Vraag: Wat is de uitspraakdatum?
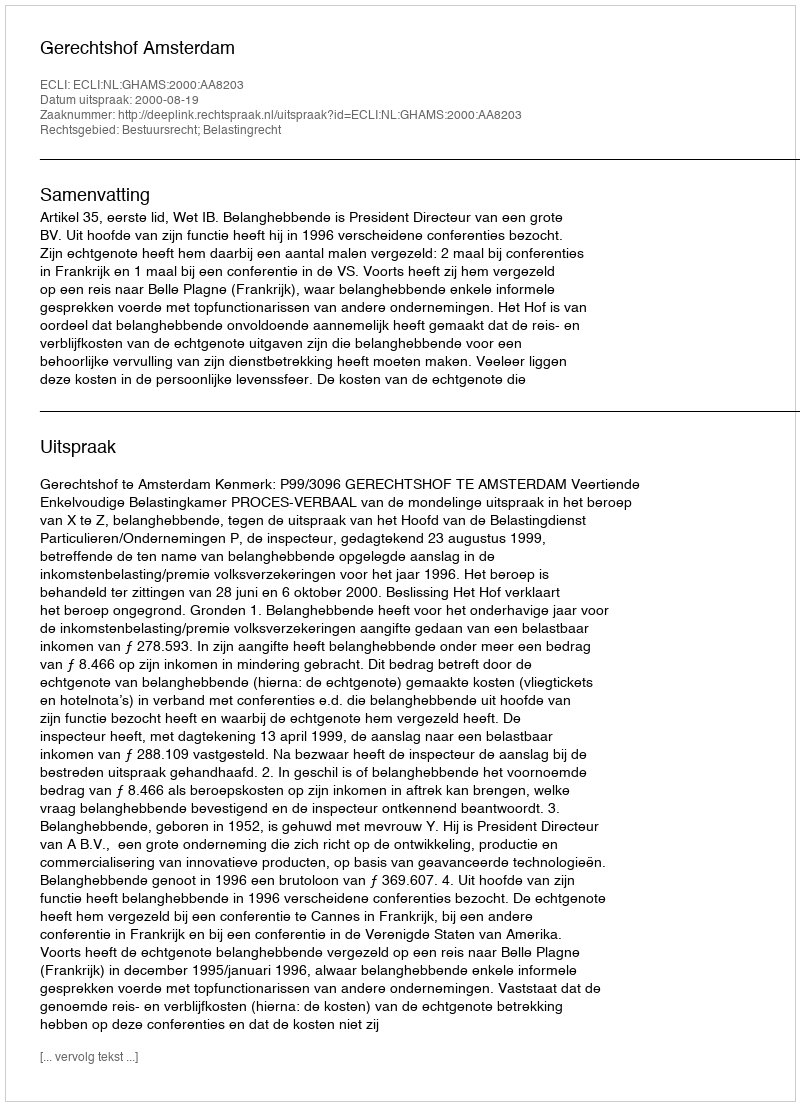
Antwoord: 2000-08-19